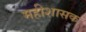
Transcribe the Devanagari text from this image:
महीशासक